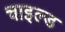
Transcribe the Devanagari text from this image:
चाइल्‍ड